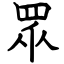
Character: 眾